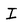
Character: I